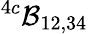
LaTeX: ^{4c}{\cal B}_{12,34}